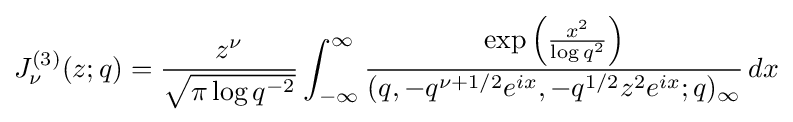
J_{\nu }^{(3)}(z;q)={\frac {z^{\nu }}{\sqrt {\pi \log q^{-2}}}}\int _{-\infty }^{\infty }{\frac {\exp \left({\frac {x^{2}}{\log q^{2}}}\right)}{(q,-q^{\nu +1/2}e^{ix},-q^{1/2}z^{2}e^{ix};q)_{\infty }}}\,dx